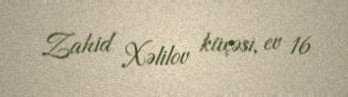
Zahid Xəlilov küçəsi, ev 16